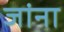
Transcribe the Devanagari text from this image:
जांना